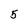
Character: 5